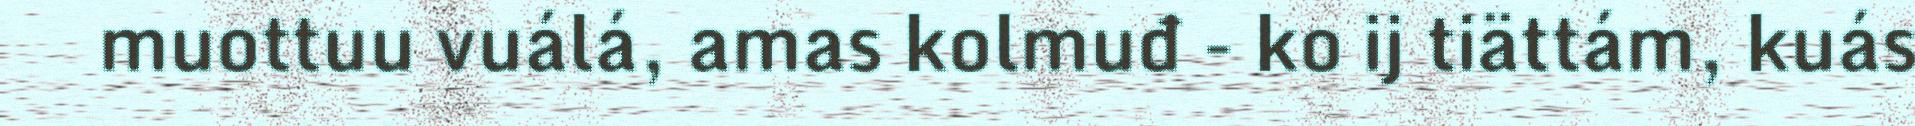
muottuu vuálá, amas kolmuđ - ko ij tiättám, kuás